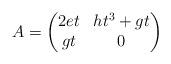
LaTeX: \begin{align*}A= \begin{pmatrix}2et & ht^3 +gt \\ gt & 0\end{pmatrix}\end{align*}